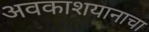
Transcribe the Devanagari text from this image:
अवकाशयानाचा